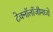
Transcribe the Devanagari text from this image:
टेक्‍नॉलॉजीमध्ये